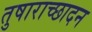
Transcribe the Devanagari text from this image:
तुषाराच्छादन